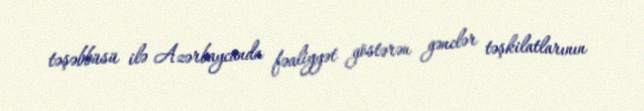
təşəbbüsü ilə Azərbaycanda fəaliyyət göstərən gənclər təşkilatlarının